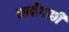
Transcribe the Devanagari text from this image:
मनीगाछी